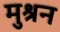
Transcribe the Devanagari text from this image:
मुश्रन